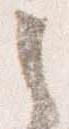
之